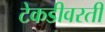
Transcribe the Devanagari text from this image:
टेकडीवरती